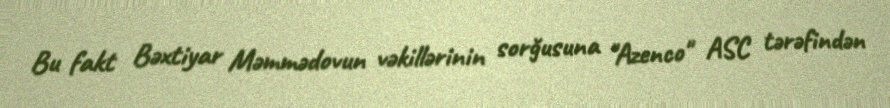
Bu fakt Bəxtiyar Məmmədovun vəkillərinin sorğusuna "Azenco" ASC tərəfindən